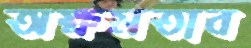
অক্ষমতাব